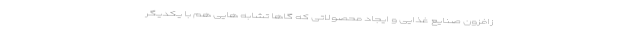
زافزون صنایع غذایی و ایجاد محصولاتی که گاها تشابه هایی هم با یکدیگر